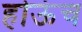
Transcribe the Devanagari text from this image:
होऊंच